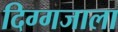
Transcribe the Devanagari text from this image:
दिग्गजाला